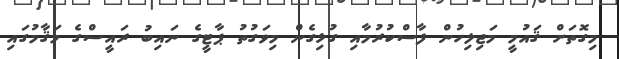
މިގޮތަށް ޤައުމީ މަޖިލިހުން ފާސްކުރުމާއި ގުޅިގެން މިވަގުތު ޕާޓީގެ ނައިބު ރައީސްގެ މަޤާމުގައި